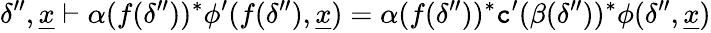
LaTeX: \delta^{\prime\prime},\underline{{x}}\vdash\alpha(f(\delta^{\prime\prime}))^{*}\phi^{\prime}(f(\delta^{\prime\prime}),\underline{{x}})=\alpha(f(\delta^{\prime\prime}))^{*}\textnormal{\texttt{c}}^{\prime}(\beta(\delta^{\prime\prime}))^{*}\phi(\delta^{\prime\prime},\underline{{x}})